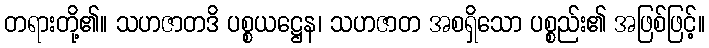
တရားတို့၏။ သဟဇာတဒိ ပစ္စယဋ္ဌေန၊ သဟဇာတ အစရှိသော ပစ္စည်း၏ အဖြစ်ဖြင့်။